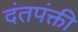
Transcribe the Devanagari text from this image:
दंतपंक्ती